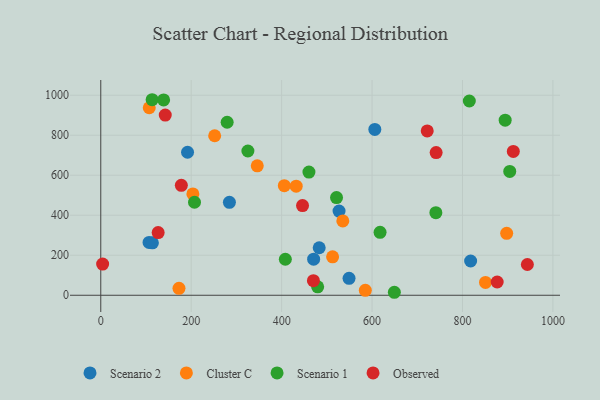
{"axis": {"x": "Study Hours", "y": "Rating"}, "legend": ["Cluster C", "Observed", "Scenario 1", "Scenario 2"], "data": [{"x": "191.9", "y": 715.0, "type": "Scenario 2"}, {"x": "106.8", "y": 264.3, "type": "Scenario 2"}, {"x": "818.0", "y": 171.2, "type": "Scenario 2"}, {"x": "549.1", "y": 84.4, "type": "Scenario 2"}, {"x": "114.2", "y": 262.1, "type": "Scenario 2"}, {"x": "606.1", "y": 828.9, "type": "Scenario 2"}, {"x": "284.5", "y": 464.4, "type": "Scenario 2"}, {"x": "483.1", "y": 237.6, "type": "Scenario 2"}, {"x": "527.0", "y": 420.6, "type": "Scenario 2"}, {"x": "470.8", "y": 180.2, "type": "Scenario 2"}, {"x": "585.1", "y": 24.4, "type": "Cluster C"}, {"x": "432.2", "y": 545.4, "type": "Cluster C"}, {"x": "203.7", "y": 506.8, "type": "Cluster C"}, {"x": "107.2", "y": 937.5, "type": "Cluster C"}, {"x": "535.3", "y": 371.4, "type": "Cluster C"}, {"x": "850.9", "y": 63.9, "type": "Cluster C"}, {"x": "173.0", "y": 34.5, "type": "Cluster C"}, {"x": "346.1", "y": 647.1, "type": "Cluster C"}, {"x": "897.7", "y": 309.7, "type": "Cluster C"}, {"x": "251.9", "y": 797.3, "type": "Cluster C"}, {"x": "512.7", "y": 191.9, "type": "Cluster C"}, {"x": "405.9", "y": 547.7, "type": "Cluster C"}, {"x": "617.7", "y": 314.4, "type": "Scenario 1"}, {"x": "113.6", "y": 977.5, "type": "Scenario 1"}, {"x": "325.4", "y": 721.1, "type": "Scenario 1"}, {"x": "894.4", "y": 875.2, "type": "Scenario 1"}, {"x": "521.4", "y": 488.4, "type": "Scenario 1"}, {"x": "408.2", "y": 180.0, "type": "Scenario 1"}, {"x": "649.3", "y": 14.9, "type": "Scenario 1"}, {"x": "279.5", "y": 864.8, "type": "Scenario 1"}, {"x": "815.1", "y": 971.2, "type": "Scenario 1"}, {"x": "207.3", "y": 465.0, "type": "Scenario 1"}, {"x": "479.7", "y": 42.3, "type": "Scenario 1"}, {"x": "139.0", "y": 976.4, "type": "Scenario 1"}, {"x": "904.5", "y": 619.0, "type": "Scenario 1"}, {"x": "741.1", "y": 412.8, "type": "Scenario 1"}, {"x": "460.4", "y": 616.0, "type": "Scenario 1"}, {"x": "943.5", "y": 153.7, "type": "Observed"}, {"x": "4.1", "y": 155.9, "type": "Observed"}, {"x": "470.3", "y": 72.8, "type": "Observed"}, {"x": "126.9", "y": 313.6, "type": "Observed"}, {"x": "741.7", "y": 713.3, "type": "Observed"}, {"x": "722.0", "y": 821.3, "type": "Observed"}, {"x": "912.4", "y": 718.9, "type": "Observed"}, {"x": "446.2", "y": 448.1, "type": "Observed"}, {"x": "142.6", "y": 900.8, "type": "Observed"}, {"x": "178.2", "y": 549.7, "type": "Observed"}, {"x": "876.7", "y": 66.3, "type": "Observed"}]}